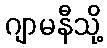
ဂျာမနီသို့